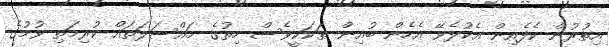
އިތުރުން ކެފެއިން އެކުލެވޭ އެހެން ބުއިން ތަކަކީވެސް ހިތުގެ މައްސަލަތައް ކުރިމަތި ވުމުގެ